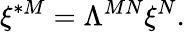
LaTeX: \xi^{*M}=\Lambda^{MN}\xi^{N}.